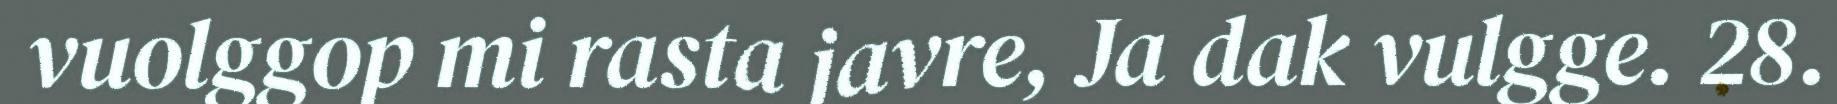
vuolggop mi rasta javre, Ja dak vulgge. 28.